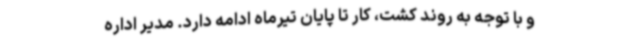
و با توجه به روند کشت، کار تا پایان تیرماه ادامه دارد. مدیر اداره